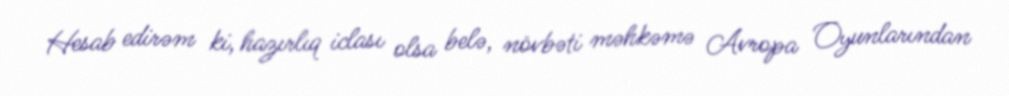
Hesab edirəm ki, hazırlıq iclası olsa belə, növbəti məhkəmə Avropa Oyunlarından